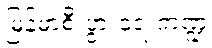
မြန်မာ့စီးပွားရေးကဏ္ဍ